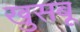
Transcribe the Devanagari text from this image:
खुसबू